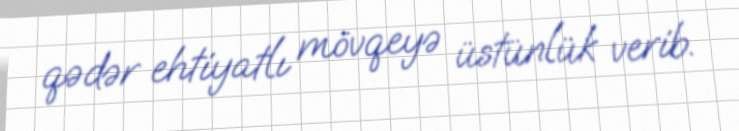
qədər ehtiyatlı mövqeyə üstünlük verib.